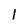
Character: 1